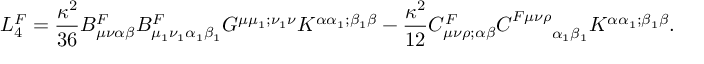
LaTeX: L _ { 4 } ^ { F } = \frac { \kappa ^ { 2 } } { 3 6 } B _ { \mu \nu \alpha \beta } ^ { F } B _ { \mu _ { 1 } \nu _ { 1 } \alpha _ { 1 } \beta _ { 1 } } ^ { F } G ^ { \mu \mu _ { 1 } ; \nu _ { 1 } \nu } K ^ { \alpha \alpha _ { 1 } ; \beta _ { 1 } \beta } - \frac { \kappa ^ { 2 } } { 1 2 } C _ { \mu \nu \rho ; \alpha \beta } ^ { F } C _ { ~ ~ ~ ~ ~ ~ \alpha _ { 1 } \beta _ { 1 } } ^ { F \mu \nu \rho } K ^ { \alpha \alpha _ { 1 } ; \beta _ { 1 } \beta } .